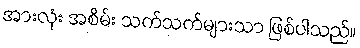
အားလုံး အစိမ်း သက်သက်များသာ ဖြစ်ပါသည်။